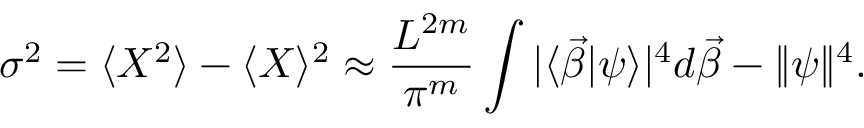
\sigma ^ { 2 } = \langle X ^ { 2 } \rangle - \langle X \rangle ^ { 2 } \approx \frac { L ^ { 2 m } } { \pi ^ { m } } \int | \langle \vec { \beta } | \psi \rangle | ^ { 4 } d \vec { \beta } - \| \psi \| ^ { 4 } .